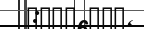
: